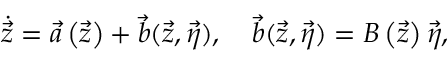
\dot { \vec { z } } = \vec { a } \left( \vec { z } \right) + \vec { b } ( \vec { z } , \vec { \eta } ) , \ \ \ \vec { b } ( \vec { z } , \vec { \eta } ) = B \left( \vec { z } \right) \vec { \eta } ,